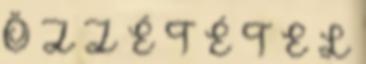
Ö Z Z É T É T E L